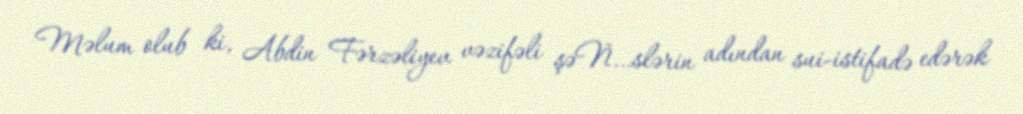
Məlum olub ki, Abdin Fərzəliyev vəzifəli şəÑ…slərin adından sui-istifadə edərək